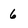
Character: 6